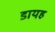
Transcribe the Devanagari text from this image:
डायह